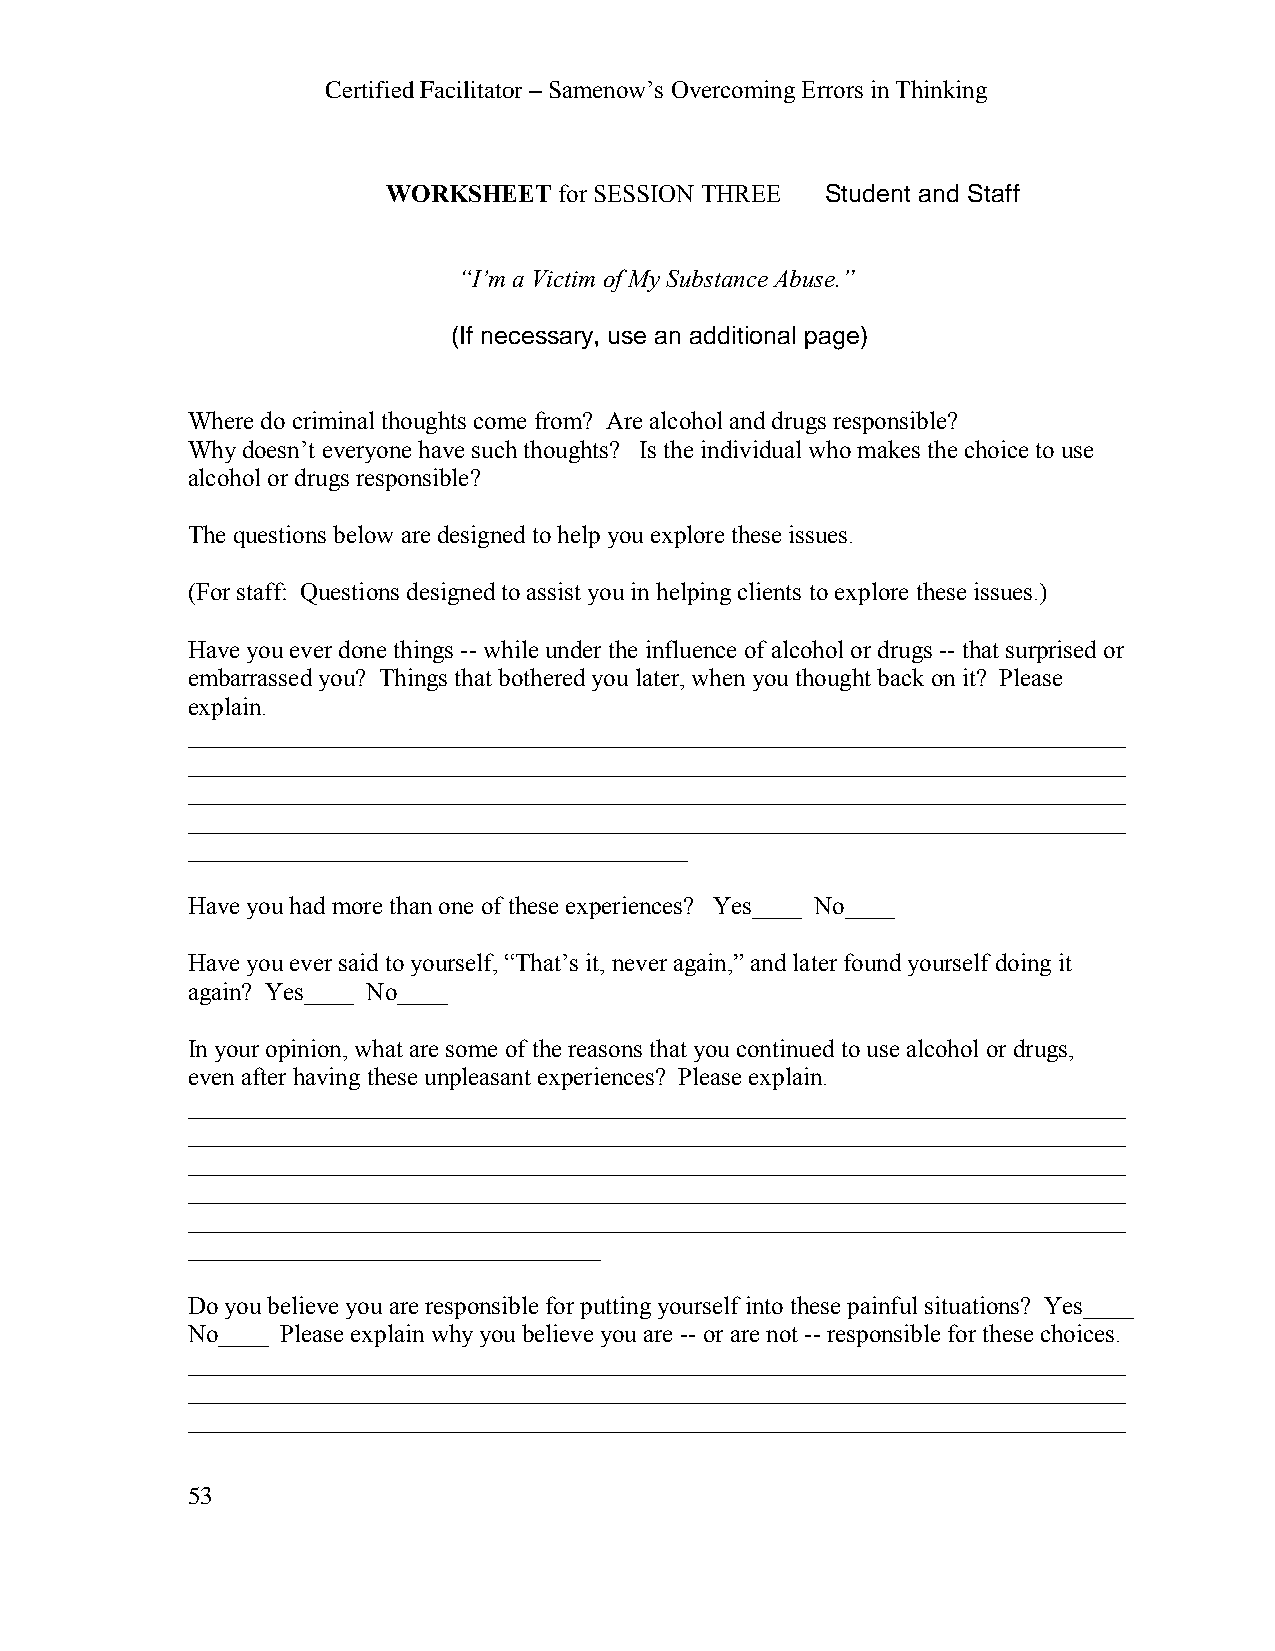
Certified Facilitator – Samenow’s Overcoming Errors in Thinking
 WORKSHEET  for SESSION THREE Student and Staff
 “I’m a Victim of My Substance Abuse.”
 (If necessary, use an additional page)
 Where do criminal thoughts come from? Are alcohol and drugs responsible?
 Why doesn’t everyone have such thoughts? Is the individual who makes the choice to use
 alcohol or drugs responsible?
 The questions below are designed to help you explore these issues.
 (For staff: Questions designed to assist you in helping clients to explore these issues.)
 Have you ever done things -- while under the influence of alcohol or drugs -- that surprised or
 embarrassed you? Things that bothered you later, when you thought back on it? Please
 explain.
 ___________________________________________________________________________
 ___________________________________________________________________________
 ___________________________________________________________________________
 ___________________________________________________________________________
 ________________________________________
 Have you had more than one of these experiences? Yes____ No____
 Have you ever said to yourself, “That’s it, never again,” and later found yourself doing it
 again? Yes____ No____
 In your opinion, what are some of the reasons that you continued to use alcohol or drugs,
 even after having these unpleasant experiences? Please explain.
 ___________________________________________________________________________
 ___________________________________________________________________________
 ___________________________________________________________________________
 ___________________________________________________________________________
 ___________________________________________________________________________
 _________________________________
 Do you believe you are responsible for putting yourself into these painful situations? Yes____
 No____ Please explain why you believe you are -- or are not -- responsible for these choices.
 ___________________________________________________________________________
 ___________________________________________________________________________
 ___________________________________________________________________________
 53